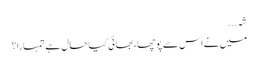
شہ...
میں نے اس سے پوچھا، بھائی کیا حال ہے تمہارا؟